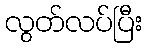
လွတ်လပ်ပြီး